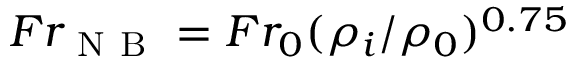
F r _ { \mathrm { ~ N ~ B ~ } } = F r _ { 0 } ( \rho _ { i } / \rho _ { 0 } ) ^ { 0 . 7 5 }